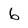
Character: 6